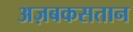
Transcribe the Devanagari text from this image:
अज़बकसतान